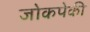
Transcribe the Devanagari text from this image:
जोकपेकी